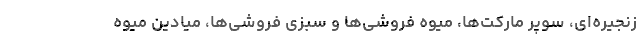
زنجیره‌ای، سوپر مارکت‌ها، میوه فروشی‌ها و سبزی فروشی‌ها، میادین میوه